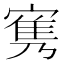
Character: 㝦